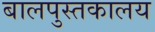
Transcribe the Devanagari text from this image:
बालपुस्तकालय